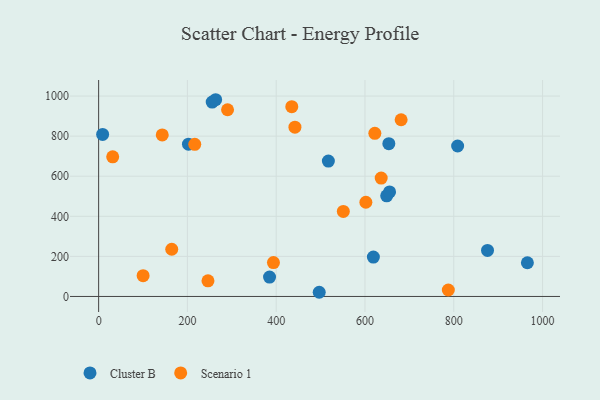
{"axis": {"x": "Experience", "y": "Yield"}, "legend": ["Cluster B", "Scenario 1"], "data": [{"x": "648.9", "y": 502.2, "type": "Cluster B"}, {"x": "202.4", "y": 760.1, "type": "Cluster B"}, {"x": "385.0", "y": 96.6, "type": "Cluster B"}, {"x": "876.0", "y": 229.5, "type": "Cluster B"}, {"x": "808.7", "y": 750.8, "type": "Cluster B"}, {"x": "965.8", "y": 168.3, "type": "Cluster B"}, {"x": "255.8", "y": 969.9, "type": "Cluster B"}, {"x": "496.9", "y": 20.9, "type": "Cluster B"}, {"x": "9.0", "y": 808.4, "type": "Cluster B"}, {"x": "618.9", "y": 196.6, "type": "Cluster B"}, {"x": "263.6", "y": 981.7, "type": "Cluster B"}, {"x": "517.5", "y": 675.5, "type": "Cluster B"}, {"x": "655.4", "y": 521.5, "type": "Cluster B"}, {"x": "653.7", "y": 762.2, "type": "Cluster B"}, {"x": "290.4", "y": 931.8, "type": "Scenario 1"}, {"x": "246.3", "y": 78.1, "type": "Scenario 1"}, {"x": "636.5", "y": 590.6, "type": "Scenario 1"}, {"x": "435.1", "y": 947.0, "type": "Scenario 1"}, {"x": "216.5", "y": 759.3, "type": "Scenario 1"}, {"x": "622.2", "y": 813.9, "type": "Scenario 1"}, {"x": "442.2", "y": 844.7, "type": "Scenario 1"}, {"x": "393.8", "y": 168.9, "type": "Scenario 1"}, {"x": "164.7", "y": 235.6, "type": "Scenario 1"}, {"x": "31.7", "y": 696.8, "type": "Scenario 1"}, {"x": "143.3", "y": 806.0, "type": "Scenario 1"}, {"x": "100.2", "y": 103.5, "type": "Scenario 1"}, {"x": "787.7", "y": 32.2, "type": "Scenario 1"}, {"x": "602.0", "y": 470.2, "type": "Scenario 1"}, {"x": "551.2", "y": 424.3, "type": "Scenario 1"}, {"x": "681.4", "y": 881.9, "type": "Scenario 1"}]}